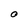
Character: O